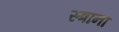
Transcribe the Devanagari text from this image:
स्त्राना